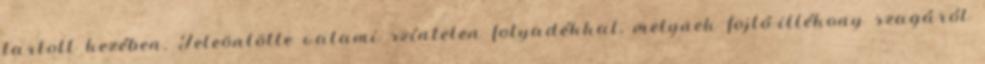
tartott kezében. Teleöntötte valami színtelen folyadékkal, melynek fojtó-illékony szagáról